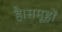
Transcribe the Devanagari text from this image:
है।समूहों